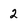
Character: 2